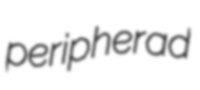
peripherad